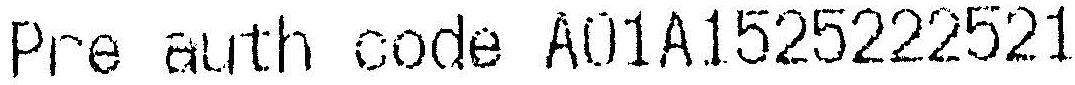
PRE AUTH CODE A01A1525222521